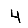
Digit: 4